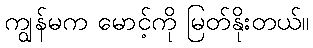
ကျွန်မက မောင့်ကို မြတ်နိုးတယ်။